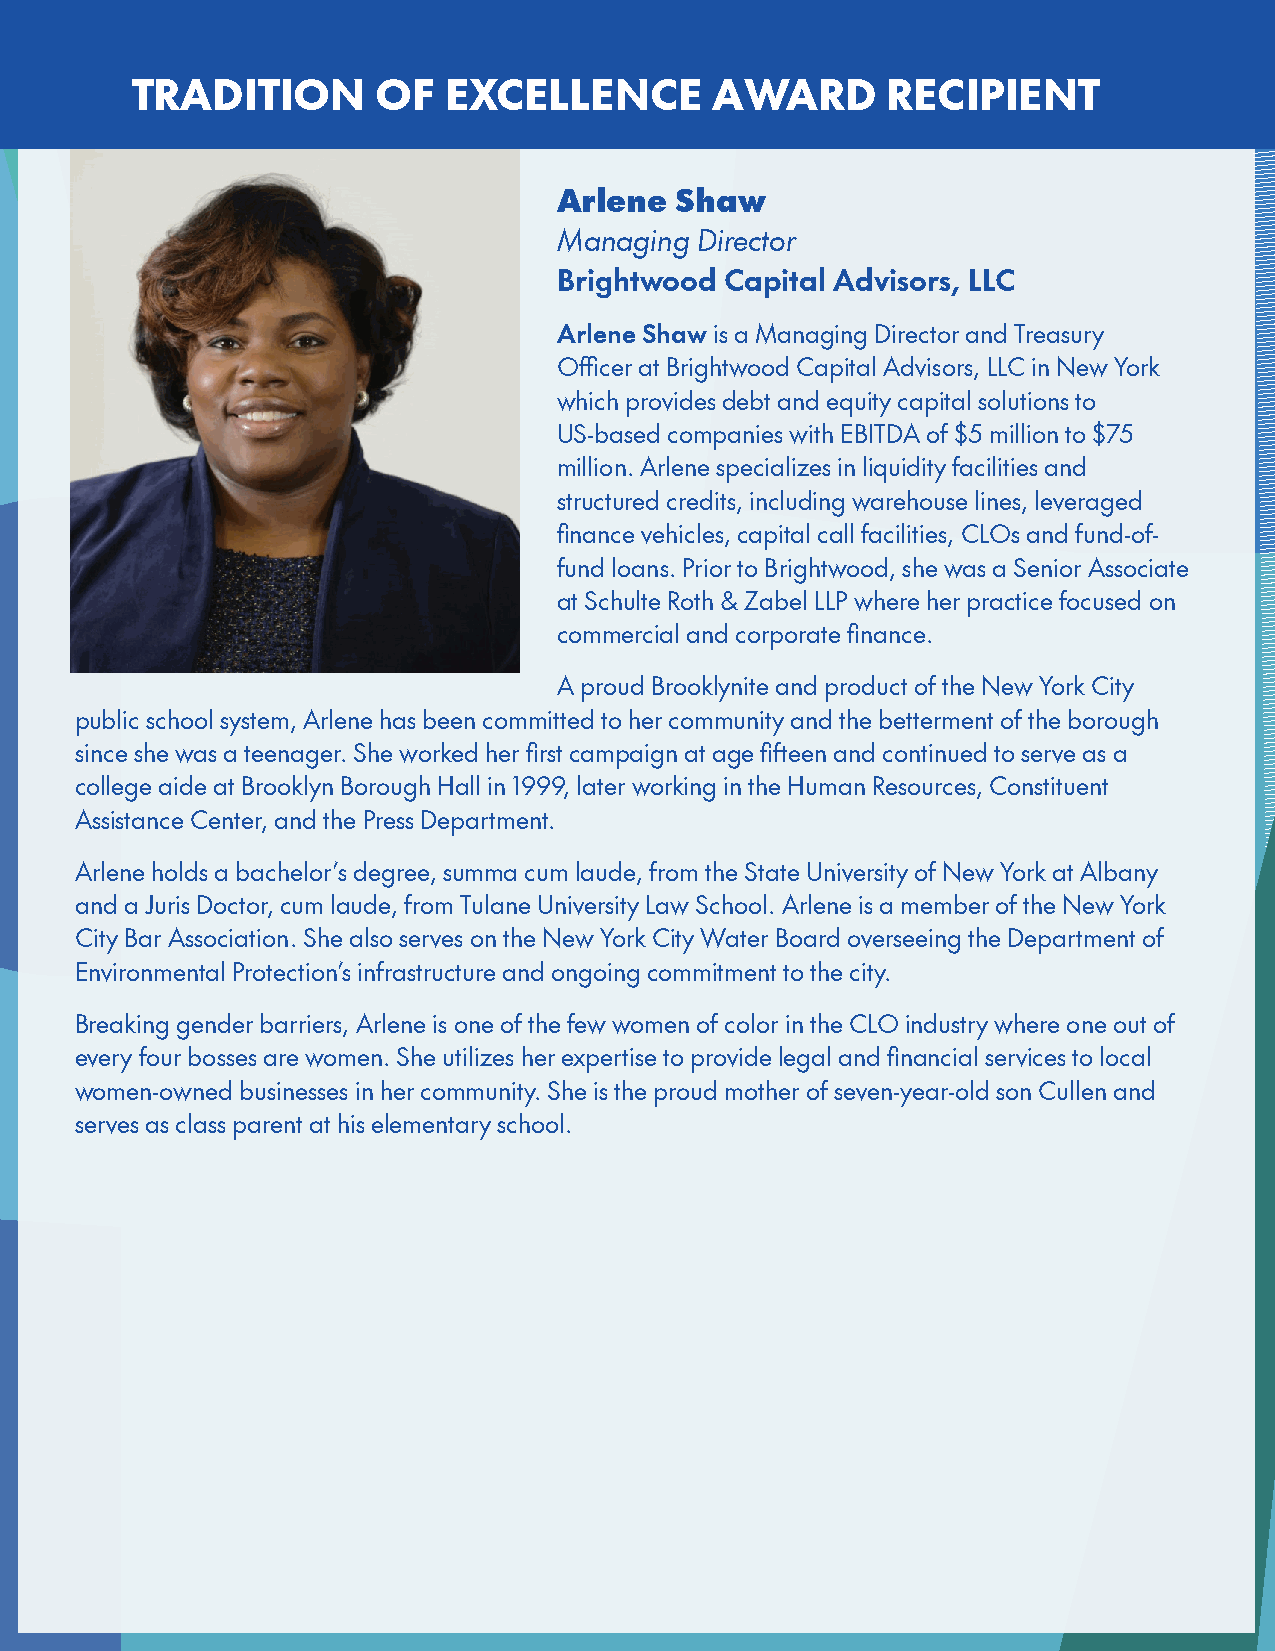
BVLP background blues.pdf 1 11/12/21 10:52 AM
 TRADITION       OF  EXCELLENCE        AWARD       RECIPIENT
 Arlene  Shaw
 Managing Director
 Brightwood Capital Advisors, LLC
 Arlene Shaw is a Managing Director and Treasury
 Officer at Brightwood Capital Advisors, LLC in New York
 which provides debt and equity capital solutions to
 US-based companies with EBITDA of $5 million to $75
 million. Arlene specializes in liquidity facilities and
 structured credits, including warehouse lines, leveraged
 finance vehicles, capital call facilities, CLOs and fund-of-
 fund loans. Prior to Brightwood, she was a Senior Associate
 at Schulte Roth & Zabel LLP where her practice focused on
 commercial and corporate finance.
 A proud Brooklynite and product of the New York City
 public school system, Arlene has been committed to her community and the betterment of the borough
 since she was a teenager. She worked her first campaign at age fifteen and continued to serve as a
 college aide at Brooklyn Borough Hall in 1999, later working in the Human Resources, Constituent
 Assistance Center, and the Press Department.
 Arlene holds a bachelor’s degree, summa cum laude, from the State University of New York at Albany
 and a Juris Doctor, cum laude, from Tulane University Law School. Arlene is a member of the New York
 City Bar Association. She also serves on the New York City Water Board overseeing the Department of
 Environmental Protection’s infrastructure and ongoing commitment to the city.
 Breaking gender barriers, Arlene is one of the few women of color in the CLO industry where one out of
 every four bosses are women. She utilizes her expertise to provide legal and financial services to local
 women-owned businesses in her community. She is the proud mother of seven-year-old son Cullen and
 serves as class parent at his elementary school.